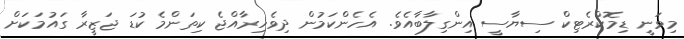
މިވަނީ ޑިމޮކްރެޓިކް ސިޔާސީ އިންގިލާބާއެވެ. އެހެންކަމުން ދިވެހިރާއްޖެ ކިތަންމެ ކުޑަ ޖަޒީރާ ގައުމަކަށް